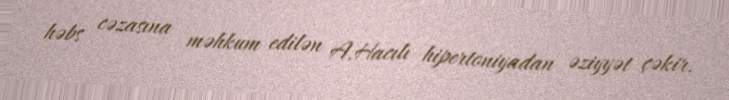
həbs cəzasına məhkum edilən A.Hacılı hipertoniyadan əziyyət çəkir.